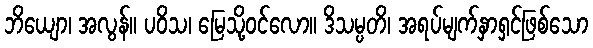
ဘိယျော၊ အလွန်။ ပဝိသ၊ မြေသို့ဝင်လော။ ဒိသမ္ပတိ၊ အရပ်မျက်နှာရှင်ဖြစ်သော